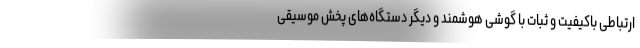
ارتباطی باکیفیت و ثبات با گوشی هوشمند و دیگر دستگاه‌های پخش موسیقی